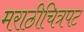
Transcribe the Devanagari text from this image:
मराठीचित्रपट